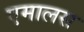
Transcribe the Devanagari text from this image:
एमालस